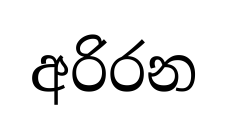
අරිරන